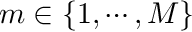
m \in \{ 1 , \cdots , M \}